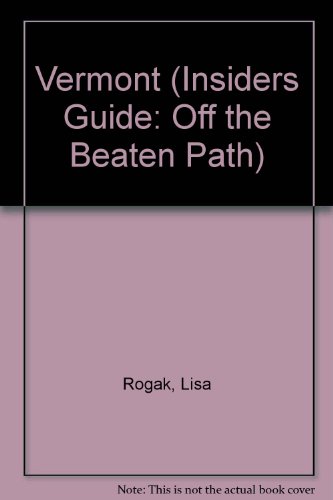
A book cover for Vermont: Off the Beaten Path (Insiders Guide: Off the Beaten Path); Lisa Angowski Rogak; Travel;